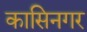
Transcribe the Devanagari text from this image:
कासिनगर